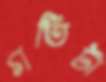
গতিটা